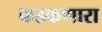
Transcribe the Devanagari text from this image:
फडकणारा